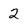
Character: 2